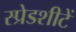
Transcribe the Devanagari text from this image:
स्प्रेडशीटें